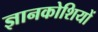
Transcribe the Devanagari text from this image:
ज्ञानकोशियों